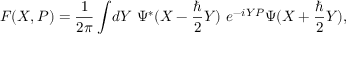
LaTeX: { \cal F } ( X , P ) = { \frac { 1 } { 2 \pi } } \int \! d Y ~ \Psi ^ { * } ( X - { \frac { \hbar } { 2 } } Y ) ~ e ^ { - i Y P } \Psi ( X + { \frac { \hbar } { 2 } } Y ) ,